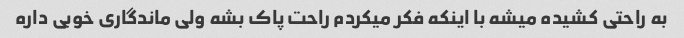
به راحتی کشیده میشه با اینکه فکر میکردم راحت پاک بشه ولی ماندگاری خوبی داره